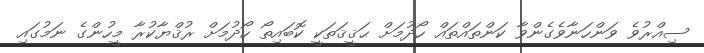
ސިއްރުވެ ވަންހަނާވެގެންވާ ކަންތައްތައް ހޯދުމަށް ޙަޤީޤަތަކީ ކޮބައިތޯ ހޯދުމަށް ރުޤްޔާކުރާ މީހުންގެ ނަމުގައި